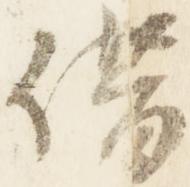
借